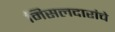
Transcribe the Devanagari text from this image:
मिसलदारांचे